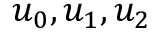
u _ { 0 } , u _ { 1 } , u _ { 2 }